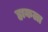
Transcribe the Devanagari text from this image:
हाकला